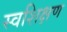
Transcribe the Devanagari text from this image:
स्वशिक्षण